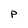
Character: P